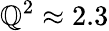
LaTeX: \mathbb{Q}^{2}\approx2.3